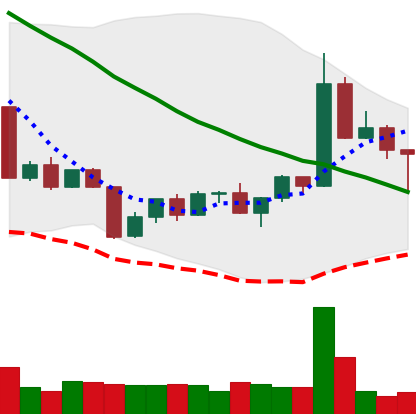
Ticker: TRX-USD
Chart end date: 2022-04-25
Forward return: -3.925%
Label: down_3_5